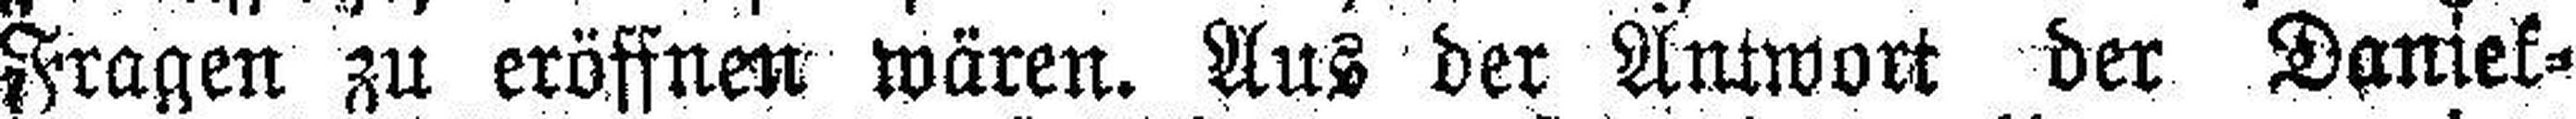
Fragen zu eröffnen wären. Aus der Antwort der Daniek¬